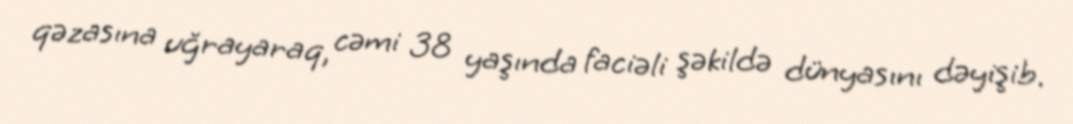
qəzasına uğrayaraq, cəmi 38 yaşında faciəli şəkildə dünyasını dəyişib.